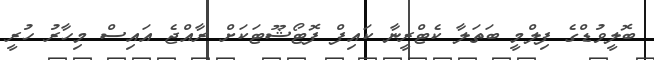
ބޮލީވުޑްގެ ފިލްމީ ބަތަލާ ކެޓްރީނާ ކައިފް ފޮޓޯޝޫޓަކަށް ރާއްޖެ އައިސް މިހާރު ހުރީ